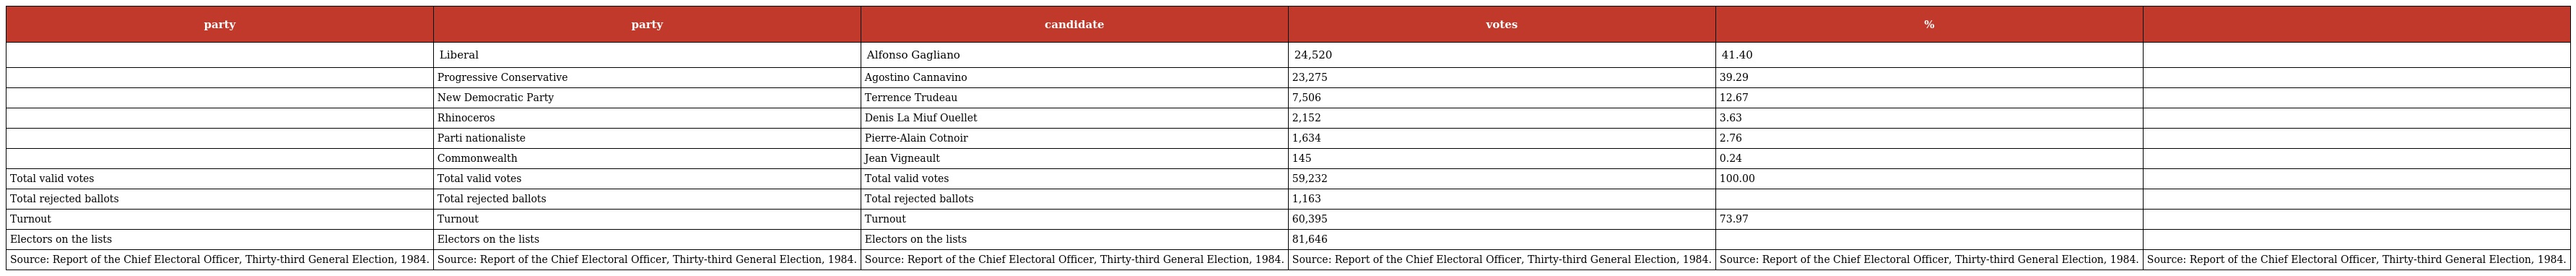
| party | party | candidate | votes | % |  |
 | --- | --- | --- | --- | --- | --- |
 |  | Liberal | Alfonso Gagliano | 24,520 | 41.40 |  |
 |  | Progressive Conservative | Agostino Cannavino | 23,275 | 39.29 |  |
 |  | New Democratic Party | Terrence Trudeau | 7,506 | 12.67 |  |
 |  | Rhinoceros | Denis La Miuf Ouellet | 2,152 | 3.63 |  |
 |  | Parti nationaliste | Pierre-Alain Cotnoir | 1,634 | 2.76 |  |
 |  | Commonwealth | Jean Vigneault | 145 | 0.24 |  |
 | Total valid votes | Total valid votes | Total valid votes | 59,232 | 100.00 |  |
 | Total rejected ballots | Total rejected ballots | Total rejected ballots | 1,163 |  |  |
 | Turnout | Turnout | Turnout | 60,395 | 73.97 |  |
 | Electors on the lists | Electors on the lists | Electors on the lists | 81,646 |  |  |
 | Source: Report of the Chief Electoral Officer, Thirty-third General Election, 1984. | Source: Report of the Chief Electoral Officer, Thirty-third General Election, 1984. | Source: Report of the Chief Electoral Officer, Thirty-third General Election, 1984. | Source: Report of the Chief Electoral Officer, Thirty-third General Election, 1984. | Source: Report of the Chief Electoral Officer, Thirty-third General Election, 1984. | Source: Report of the Chief Electoral Officer, Thirty-third General Election, 1984. |